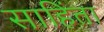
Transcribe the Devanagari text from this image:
साहिंता